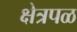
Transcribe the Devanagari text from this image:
क्षेत्रपळ